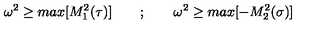
\omega ^ { 2 } \ge m a x [ M _ { 1 } ^ { 2 } ( \tau ) ] \qquad ; \qquad \omega ^ { 2 } \ge m a x [ - M _ { 2 } ^ { 2 } ( \sigma ) ]